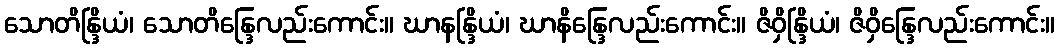
သောတိန္ဒြိယံ၊ သောတိန္ဒြေလည်းကောင်း။ ဃာနန္ဒြိယံ၊ ဃာနိန္ဒြေလည်းကောင်း။ ဇိဝှိန္ဒြိယံ၊ ဇိဝှိန္ဒြေလည်းကောင်း။